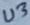
Text: U3